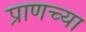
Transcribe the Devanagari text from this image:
प्राणच्या